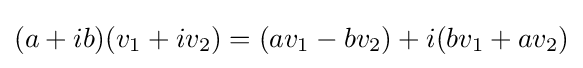
(a+ib)(v_{1}+iv_{2})=(av_{1}-bv_{2})+i(bv_{1}+av_{2})